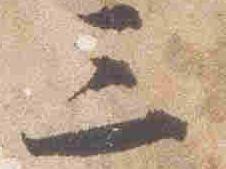
三